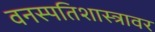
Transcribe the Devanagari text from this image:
वनस्पतिशास्त्रावर